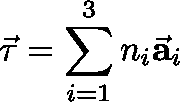
{ \vec { \mathbf { \tau } } } = \sum _ { i = 1 } ^ { 3 } n _ { i } { \vec { \mathbf { a } } } _ { i }